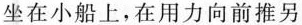
坐在小船上，在用力向前推另